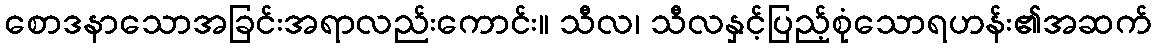
စောဒနာသောအခြင်းအရာလည်းကောင်း။ သီလ၊ သီလနှင့်ပြည့်စုံသောရဟန်း၏အဆက်